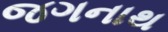
જગનાથ